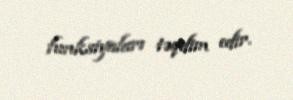
funksiyaları təqdim edir.